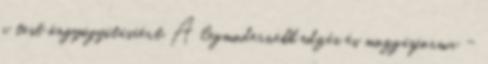
a test öngyógyításáért A legmodernebb edzés és mozgásforma -